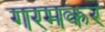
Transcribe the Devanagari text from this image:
गरमकर